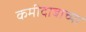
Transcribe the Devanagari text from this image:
कमीदाबाच्या